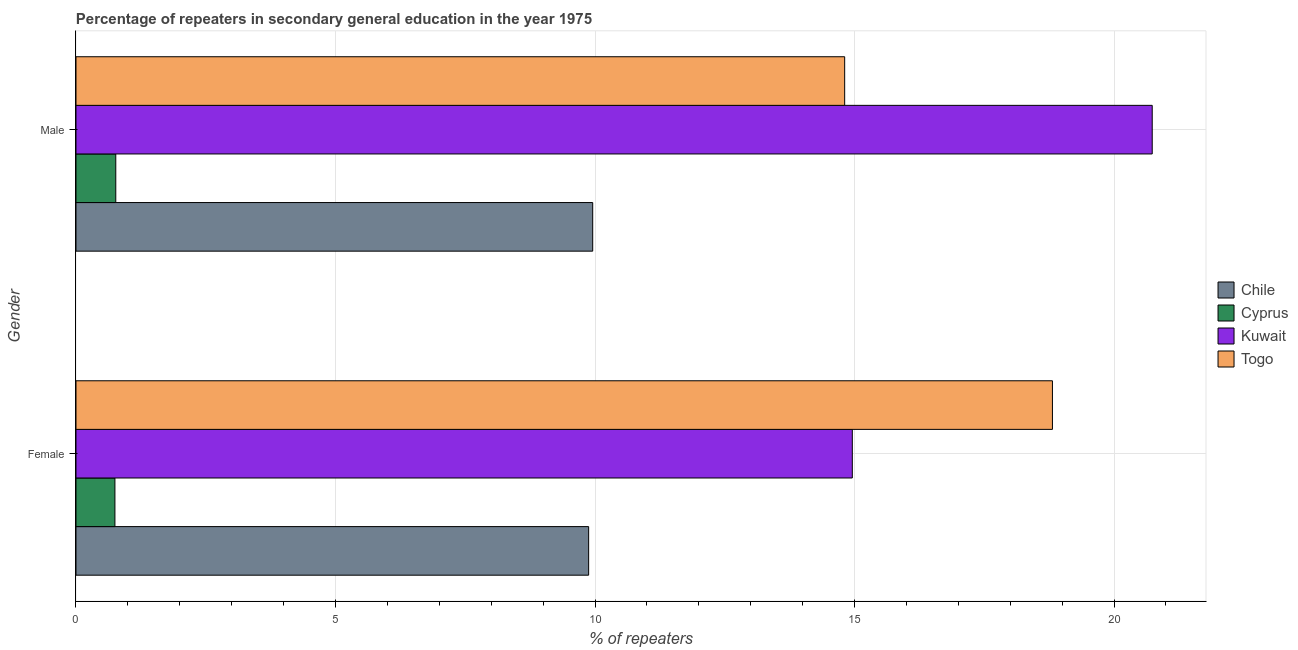
| Gender | Chile | Cyprus | Kuwait | Togo |
 | --- | --- | --- | --- | --- |
 | Female | 9.88 | 0.75 | 15 | 18.8 |
 | Male | 9.96 | 0.767 | 20.7 | 14.8 |